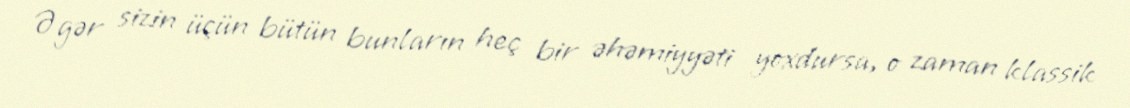
Əgər sizin üçün bütün bunların heç bir əhəmiyyəti yoxdursa, o zaman klassik